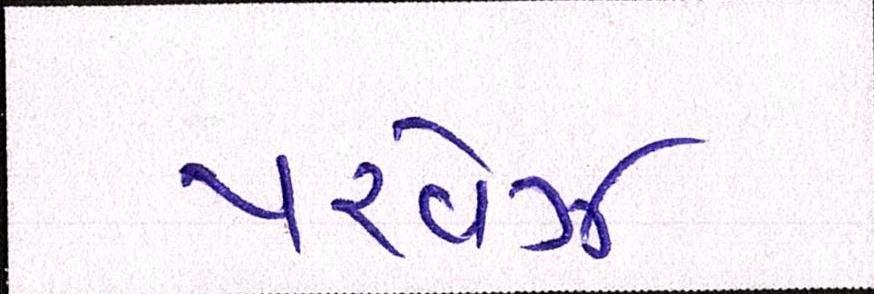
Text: પરવેઝ